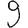
Digit: 9